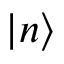
| n \rangle